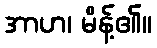
အာဟ၊ မိန့်၏။